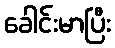
ခေါင်းမာပြီး